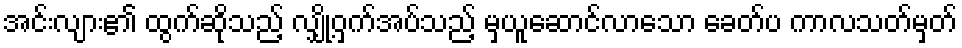
အင်းလျား၏ ထွက်ဆိုသည့် လျှို့ဝှက်အပ်သည့် မှယူဆောင်လာသော ခေတ်ပ ကာလသတ်မှတ်